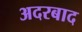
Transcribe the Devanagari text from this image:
अदरबाद